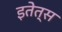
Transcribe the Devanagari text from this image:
इतेत्स